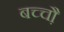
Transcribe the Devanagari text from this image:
बच्चौ़